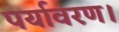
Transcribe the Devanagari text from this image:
पर्यावरण।